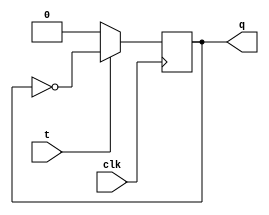
module tff(clk,t,q);
  input clk,t;
  output reg q=0;
  always @(posedge clk)
    begin
      if(t==0)
        q<=t;
      else
        q<=~q;
    end
endmodule